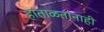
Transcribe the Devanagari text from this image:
हाताळतानाही